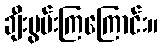
ချီးမွမ်းကြကြောင်း။